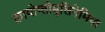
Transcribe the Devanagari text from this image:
क्रायोग्लोबुलिनेमिया